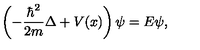
\left( - { \frac { \hbar ^ { 2 } } { 2 m } } \Delta + V ( x ) \right) \psi = E \psi ,